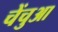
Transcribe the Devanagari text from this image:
चेंचुआ